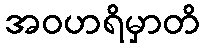
အဝဟရိမှာတိ